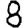
Digit: 8